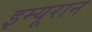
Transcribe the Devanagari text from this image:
इम्यूरान